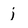
Character: j